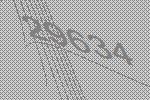
29634